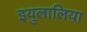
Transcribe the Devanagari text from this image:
इयुलालिया